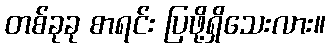
တစ်ခုခု စာရင်း ပြဖို့ရှိသေးလား။